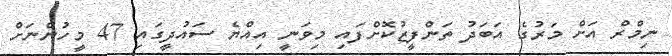
ނިމްރް އަށް މަރުގެ އަބަދު ތަންފީޒުކޮށްފައި މިވަނީ އިއްޔެ ސައުދީގައި 47 މީހުންނަށް